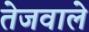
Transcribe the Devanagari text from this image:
तेजवाले